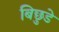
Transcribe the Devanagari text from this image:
बिछुडे